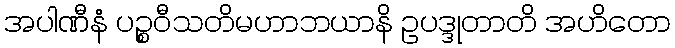
အပါဏီနံ ပဉ္စဝီသတိမဟာဘယာနိ ဥပဒ္ဒုတာတိ အဟိတော